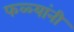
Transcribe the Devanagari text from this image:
फळ्यांनी